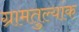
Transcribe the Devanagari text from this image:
ग्रामतुल्यांक